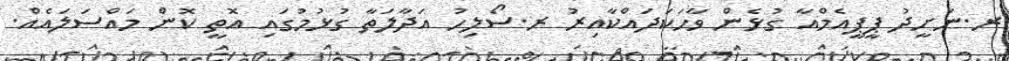
ރ.ނަށީދު ޕީޕީއެމްއާ ގުޅެން ވާހަކަދައްކާއިރު ރ.ސޯލިހު އަދާލަތާ ގުޅުމުގައި އޮތީ ކޮން މައްސަލައެއް.